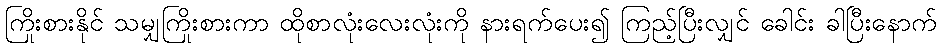
ကြိုးစားနိုင် သမျှကြိုးစားကာ ထိုစာလုံးလေးလုံးကို နားရက်ပေး၍ ကြည့်ပြီးလျှင် ခေါင်း ခါပြီးနောက်